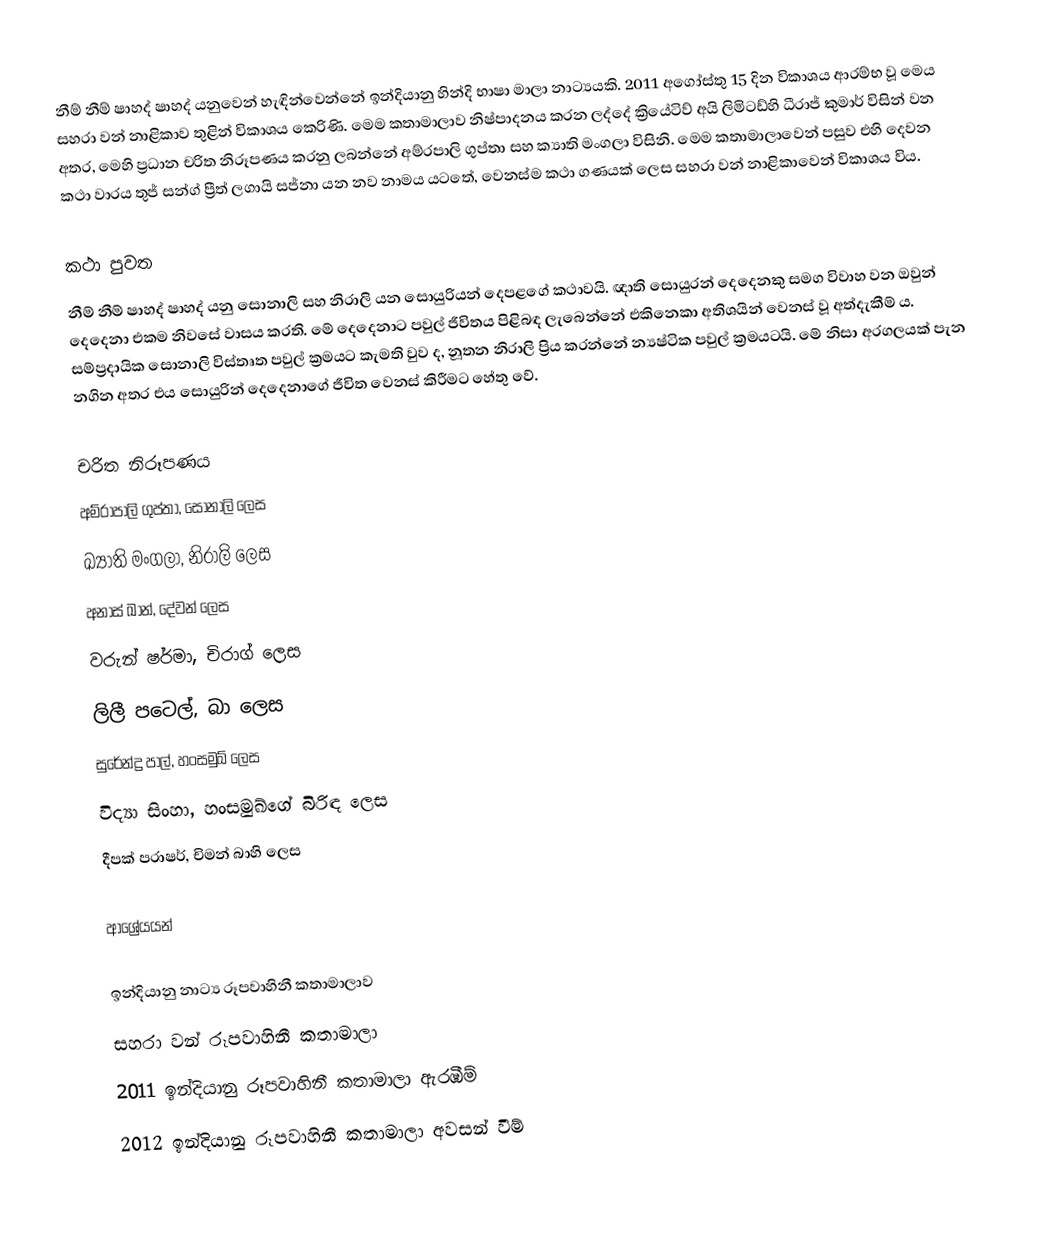
නීම් නීම් ෂාහද් ෂාහද් යනුවෙන් හැඳින්වෙන්නේ ඉන්දියානු හින්දි භාෂා මාලා නාට්‍යයකි. 2011 අගෝස්තු 15 දින විකාශය ආරම්භ වූ මෙය සහරා වන් නාළිකාව තුළින් විකාශය කෙරිණි. මෙම කතාමාලාව නිෂ්පාදනය කරන ලද්දේ ක්‍රියේටිව් අයි ලිමිටඩ්හි ධීරාජ් කුමාර් විසින් වන අතර, මෙහි ප්‍රධාන චරිත නිරූපණය කරනු ලබන්නේ අම්රපාලි ගුප්තා සහ ක්‍යාති මංගලා විසිනි. මෙම කතාමා‍ලාවෙන් පසුව එහි දෙවන කථා වාරය තුජ් සන්ග් ප්‍රීත් ලගායි සජ්නා යන නව නාමය යටතේ, වෙනස්ම කථා ගණයක් ලෙස සහරා වන් නාළිකාවෙන් විකාශය විය‍.

කථා පුවත
නීම් නීම් ෂාහද් ෂාහද් යනු සොනාලි සහ නිරාලි යන සොයුරියන් දෙපළගේ කථාවයි. ඥාති සොයුරන් දෙදෙනකු සමග විවාහ වන ඔවුන් දෙදෙනා එකම නිවසේ වාසය කරති. මේ දෙදෙනාට පවුල් ජීවිතය පිළිබඳ ලැබෙන්නේ එකිනෙකා අතිශයින් වෙනස් වූ අත්දැකීම් ය. සම්ප්‍රදායික සොනාලි විස්තෘත පවුල් ක්‍රමයට කැමති වුව ද, නූතන නිරාලි ප්‍රිය කරන්නේ න්‍යෂ්ටික පවුල් ක්‍රමයටයි. මේ නිසා අරගලයක් පැන නගින අතර එය සොයුරින් දෙදෙනාගේ ජීවිත වෙනස් කිරීමට හේතු වේ.

චරිත නිරූපණය
අම්රාපාලි ගුප්තා, සොනාලි ලෙස
ඛ්‍යාති මංගලා, නිරාලි ලෙස
අනාස් ඛාන්, දේවන් ලෙස
වරුන් ෂර්මා, චිරාග් ලෙස
ලිලී පටෙල්, බා ලෙස
සුරේන්ද්‍ර පාල්, හංසමුඛ් ලෙස
විද්‍යා සිංහා, හංසමුඛ්ගේ බිරිඳ ලෙස
දීපක් පරාෂර්, චිමන් බාහි ලෙස

ආශ්‍රේයයන්

ඉන්දියානු නාට්‍ය රූපවාහිනී කතාමාලාව
සහරා වන් රූපවාහිනී කතාමාලා
2011 ඉන්දියානු රූපවාහිනී කතාමාලා ඇරඹීම්
2012 ඉන්දියානු රූපවාහිනී කතාමාලා අවසන් වීම්